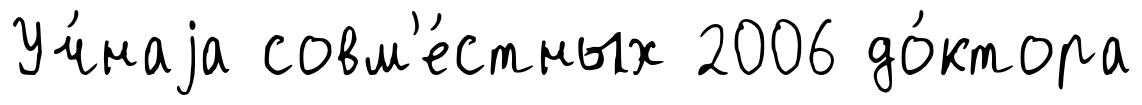
Уч́наjа совм'е́стных 2006 до́ктора